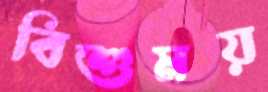
বিশুময়